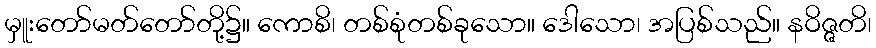
မှူးတော်မတ်တော်တို့၌။ ကောစိ၊ တစ်စုံတစ်ခုသော။ ဒေါသော၊ အပြစ်သည်။ နဝိဇ္ဇတိ၊